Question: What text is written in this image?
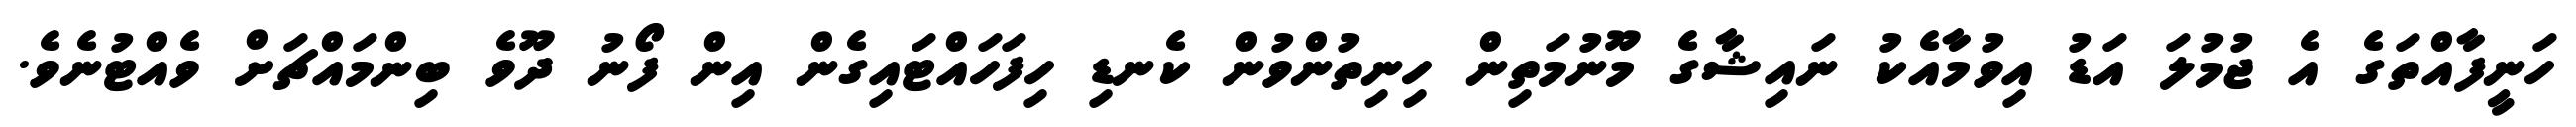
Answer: ހަނީފާއްތަގެ އެ ޖުމުލަ އަޑު އިވުމާއެކު ނައިޝާގެ މޫނުމަތިން ހިނިތުންވުން ކެނޑި ހިފަހައްޓައިގެން އިން ފޯނު ދޫވެ ބިންމައްޗަށް ވެއްޓުނެވެ.